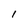
Character: 1